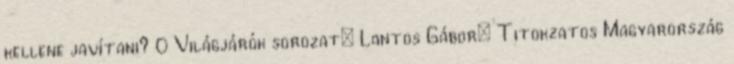
kellene javítani? 0 Világjárók sorozat: Lantos Gábor: Titokzatos Magyarország